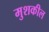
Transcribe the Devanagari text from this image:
मुशकील